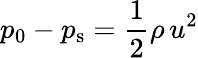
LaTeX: p_{0}-p_{\mathrm{s}}={\frac{1}{2}}\rho\, u^{2}